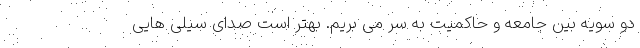
دو سویه بین جامعه و حاکمیت به سر می بریم. بهتر است صدای سیلی هایی